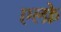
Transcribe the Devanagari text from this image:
एल्फ्रे